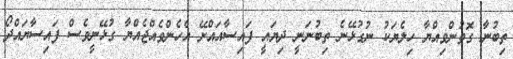
ތިބުނާ ގޮތުންވިއްޔާ ހިލެޔަކު ނުގުޅޭނެ ތިބުނަނީ ދިޔައީ ފައިސާއައްށޭ އެހެންވެއްޖެއްޔާ ގުޅޭނީވެސް ފައިސާޔައްދޯ